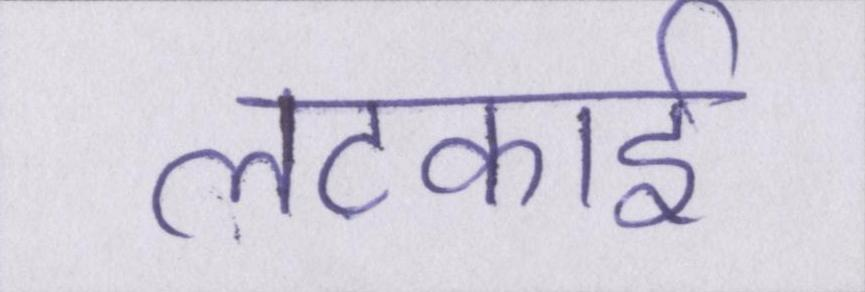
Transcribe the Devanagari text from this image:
लटकाई